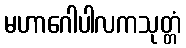
မဟာဂေါပါလကသုတ္တံ